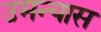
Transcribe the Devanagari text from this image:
उमन्यास